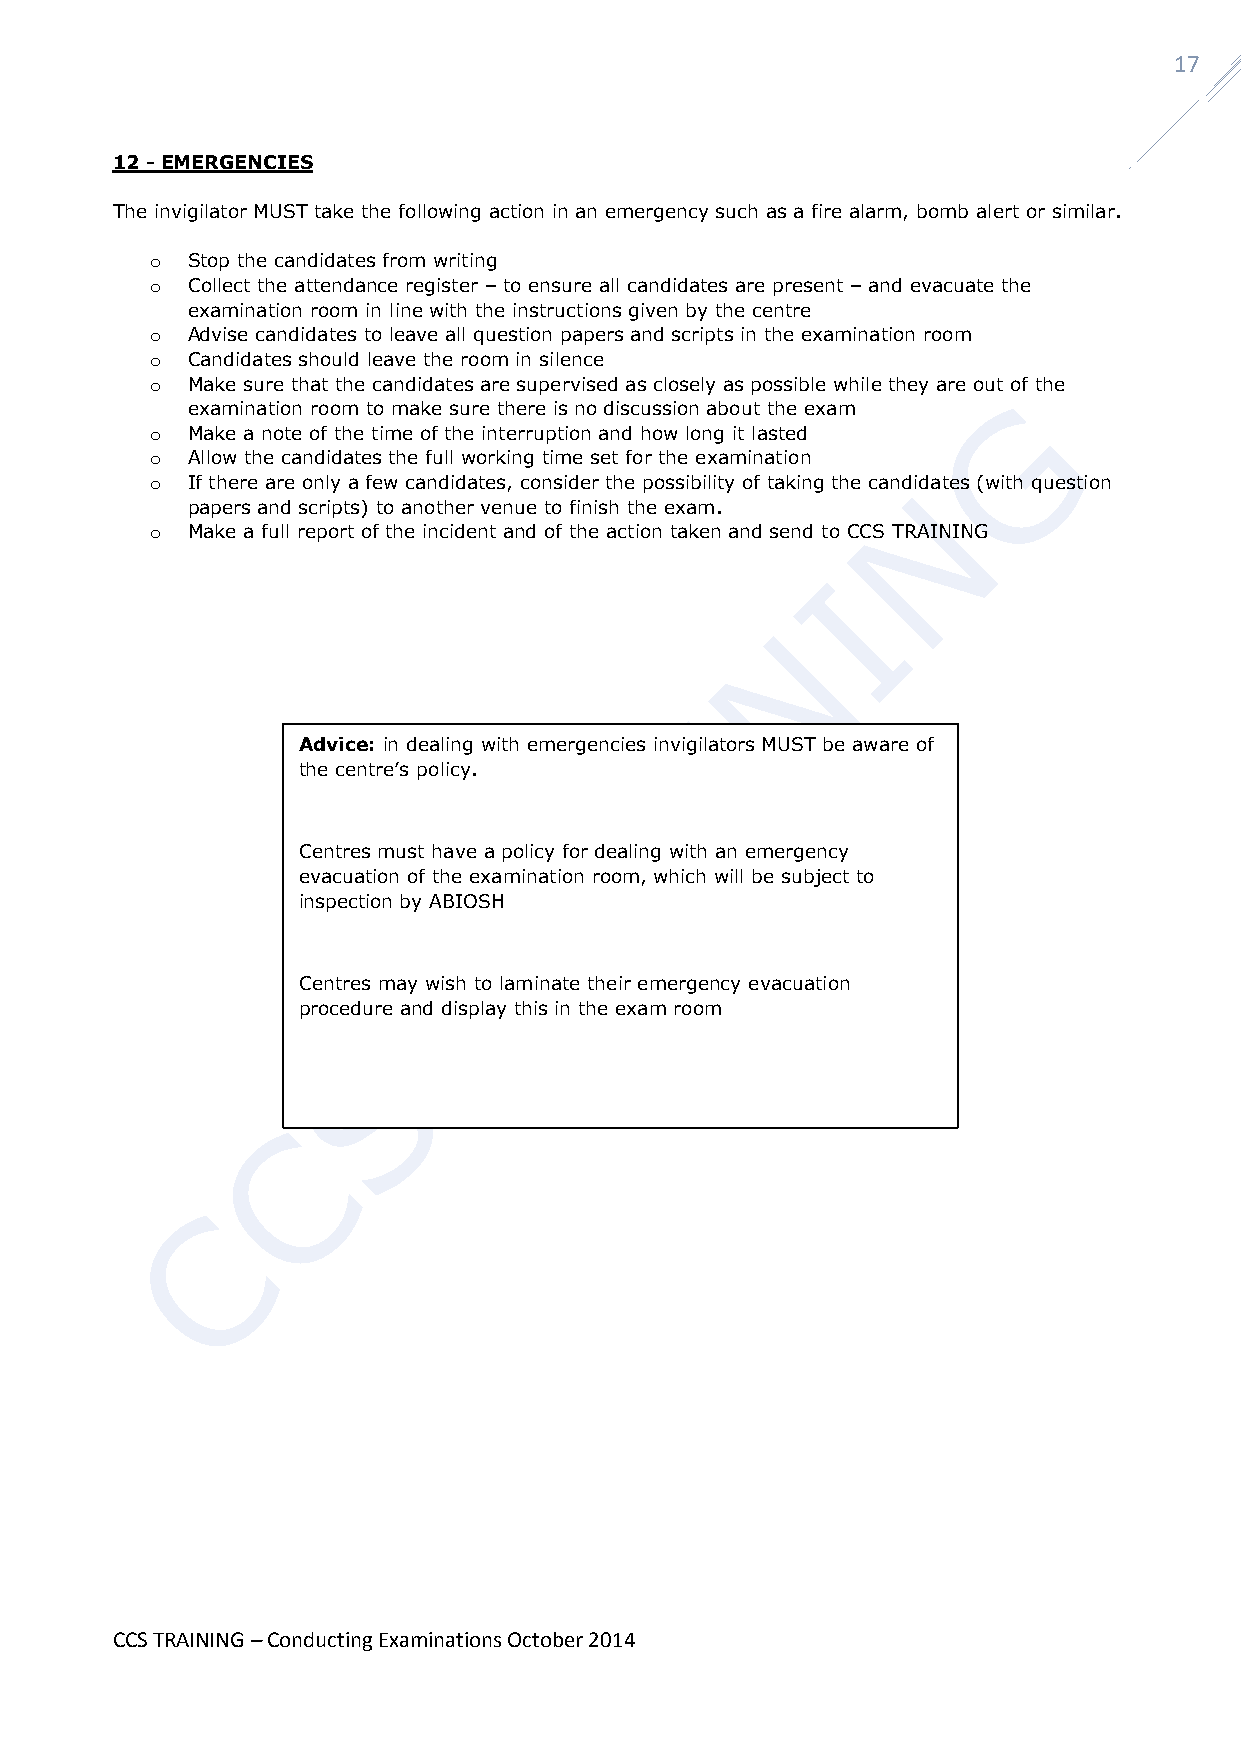
17
 12 - EMERGENCIES
 The invigilator MUST take the following action in an emergency such as a fire alarm, bomb alert or similar.
 o Stop the candidates from writing
 o Collect the attendance register – to ensure all candidates are present – and evacuate the
 examination room in line with the instructions given by the centre
 o Advise candidates to leave all question papers and scripts in the examination room
 o Candidates should leave the room in silence
 o Make sure that the candidates are supervised as closely as possible while they are out of the
 examination room to make sure there is no discussion about the exam
 o Make a note of the time of the interruption and how long it lasted
 o Allow the candidates the full working time set for the examination
 o If there are only a few candidates, consider the possibility of taking the candidates (with question
 papers and scripts) to another venue to finish the exam.
 o Make a full report of the incident and of the action taken and send to CCS TRAINING
 Advice: in dealing with emergencies invigilators MUST be aware of
 the centre’s policy.
 Centres must have a policy for dealing with an emergency
 evacuation of the examination room, which will be subject to
 inspection by ABIOSH
 Centres may wish to laminate their emergency evacuation
 procedure and display this in the exam room
 CCS TRAINING – Conducting Examinations October 2014